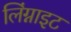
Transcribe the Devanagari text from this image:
लिंग्नाइट